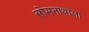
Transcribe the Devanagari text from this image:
सोमनाथाला